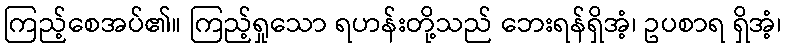
ကြည့်စေအပ်၏။ ကြည့်ရှုသော ရဟန်းတို့သည် ဘေးရန်ရှိအံ့၊ ဥပစာရ ရှိအံ့၊